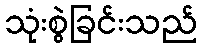
သုံးစွဲခြင်းသည်